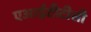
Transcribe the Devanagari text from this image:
एआईटीटीसी